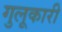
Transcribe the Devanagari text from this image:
गुलूकारी